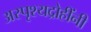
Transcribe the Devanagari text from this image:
अस्पृश्यद्रोहींनी